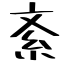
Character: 紊